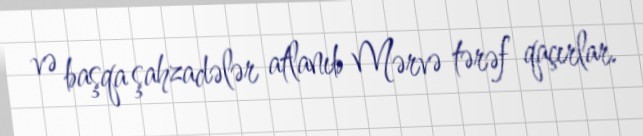
və başqa şahzadələr atlanıb Mərvə tərəf qaçırlar.